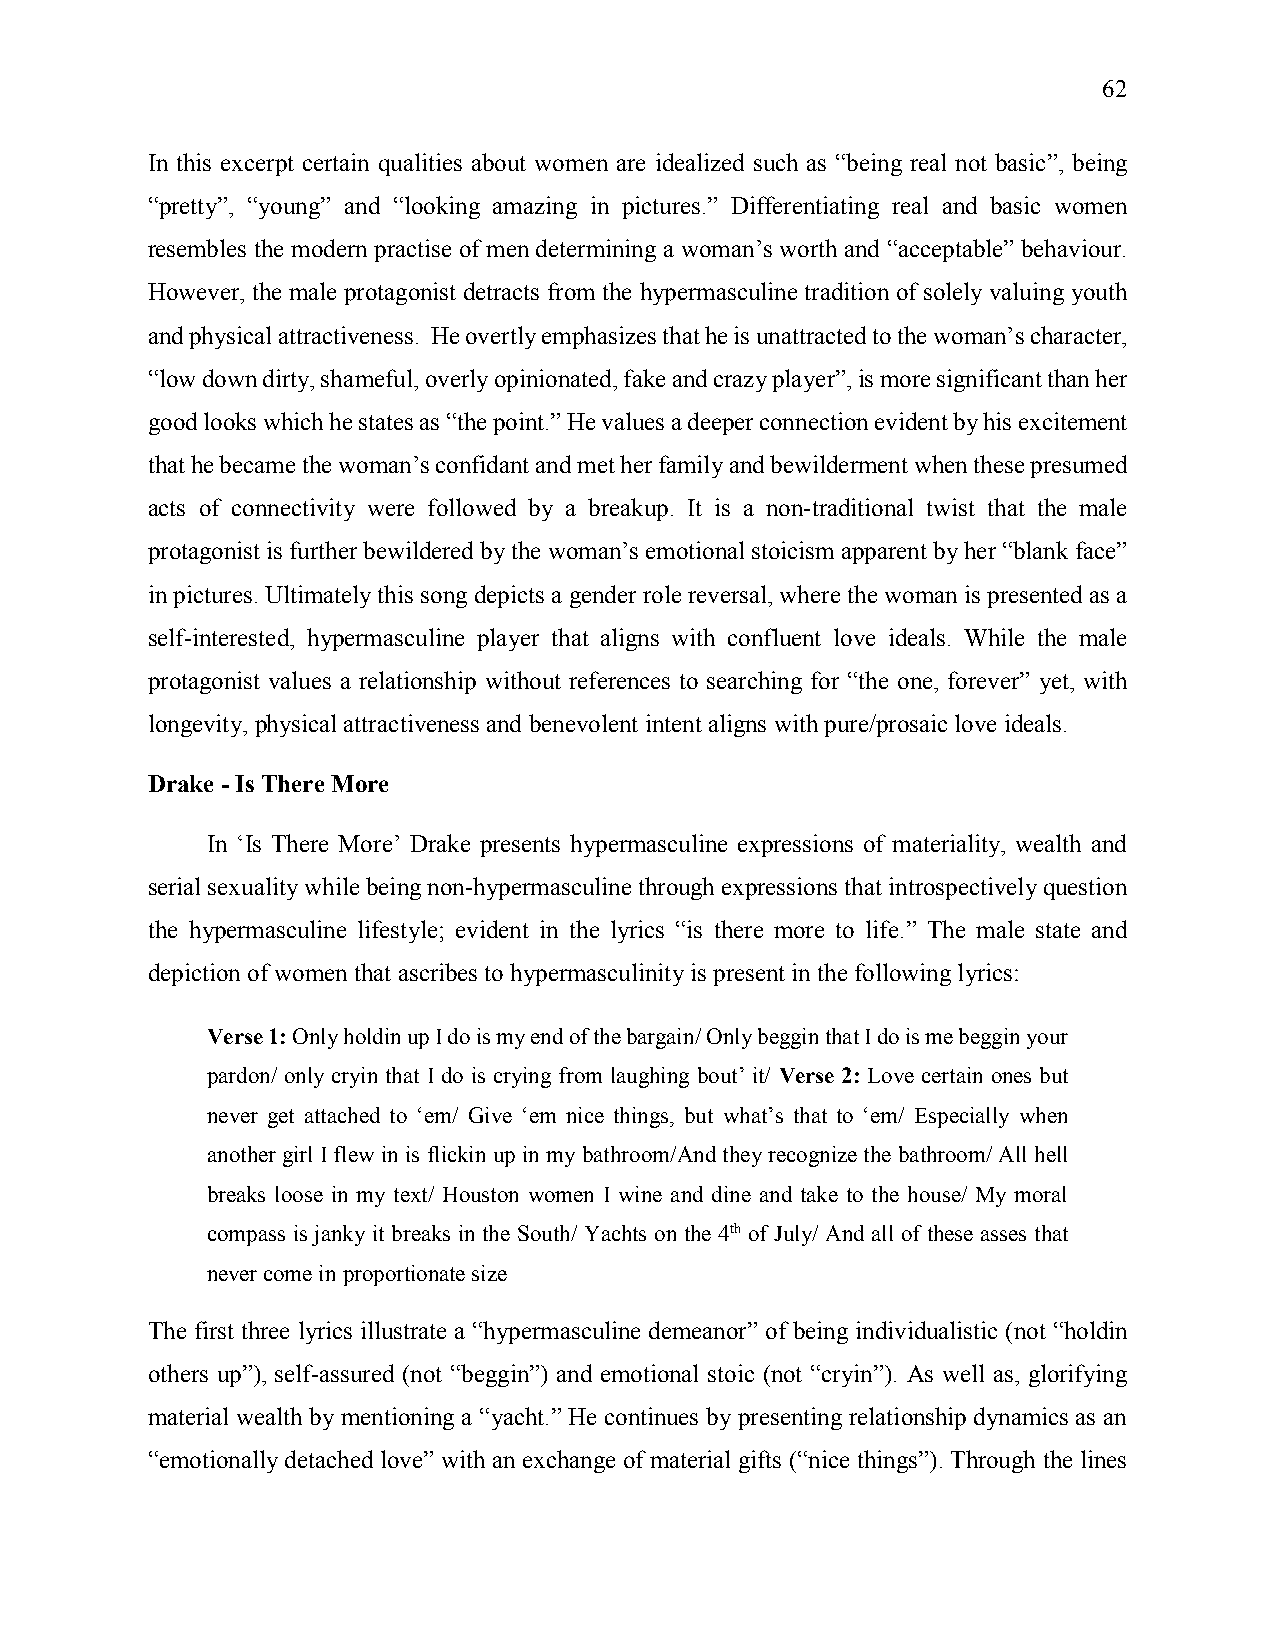
62
 In this excerpt certain qualities about women are idealized such as “being real not basic”, being
 “pretty”, “young” and “looking amazing in pictures.” Differentiating real and basic women
 resembles the modern practise of men determining a woman’s worth and “acceptable” behaviour.
 However, the male protagonist detracts from the hypermasculine tradition of solely valuing youth
 and physical attractiveness. He overtly emphasizes that he is unattracted to the woman’s character,
 “low down dirty, shameful, overly opinionated, fake and crazy player”, is more significant than her
 good looks which he states as “the point.” He values a deeper connection evident by his excitement
 that he became the woman’s confidant and met her family and bewilderment when these presumed
 acts of connectivity were followed by a breakup. It is a non-traditional twist that the male
 protagonist is further bewildered by the woman’s emotional stoicism apparent by her “blank face”
 in pictures. Ultimately this song depicts a gender role reversal, where the woman is presented as a
 self-interested, hypermasculine player that aligns with confluent love ideals. While the male
 protagonist values a relationship without references to searching for “the one, forever” yet, with
 longevity, physical attractiveness and benevolent intent aligns with pure/prosaic love ideals.
 Drake - Is There More
 In ‘Is There More’ Drake presents hypermasculine expressions of materiality, wealth and
 serial sexuality while being non-hypermasculine through expressions that introspectively question
 the hypermasculine lifestyle; evident in the lyrics “is there more to life.” The male state and
 depiction of women that ascribes to hypermasculinity is present in the following lyrics:
 Verse 1: Only holdin up I do is my end of the bargain/ Only beggin that I do is me beggin your
 pardon/ only cryin that I do is crying from laughing bout’ it/ Verse 2: Love certain ones but
 never get attached to ‘em/ Give ‘em nice things, but what’s that to ‘em/ Especially when
 another girl I flew in is flickin up in my bathroom/And they recognize the bathroom/ All hell
 breaks loose in my text/ Houston women I wine and dine and take to the house/ My moral
 compass is janky it breaks in the South/ Yachts on the 4th of July/ And all of these asses that
 never come in proportionate size
 The first three lyrics illustrate a “hypermasculine demeanor” of being individualistic (not “holdin
 others up”), self-assured (not “beggin”) and emotional stoic (not “cryin”). As well as, glorifying
 material wealth by mentioning a “yacht.” He continues by presenting relationship dynamics as an
 “emotionally detached love” with an exchange of material gifts (“nice things”). Through the lines